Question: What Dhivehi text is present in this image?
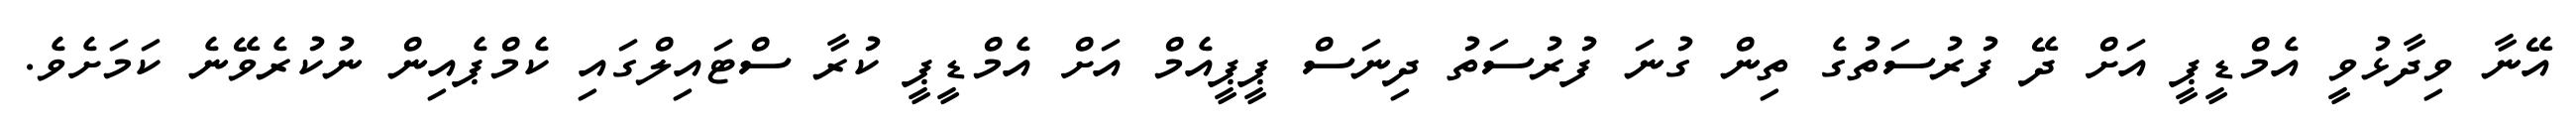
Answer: އޭނާ ވިދާޅުވީ އެމްޑީޕީ އަށް ދޭ ފުރުސަތުގެ ތިން ގުނަ ފުރުސަތު ދިނަސް ޕީޕީއެމް އަށް އެމްޑީޕީ ކުރާ ސްޓައިލްގައި ކެމްޕެއިން ނުކުރެވޭނެ ކަމަށެވެ.